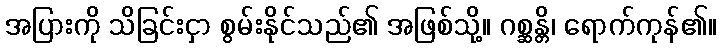
အပြားကို သိခြင်းငှာ စွမ်းနိုင်သည်၏ အဖြစ်သို့။ ဂစ္ဆန္တိ၊ ရောက်ကုန်၏။